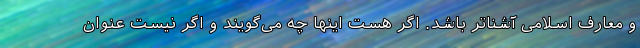
و معارف اسلامی آشناتر باشد. اگر هست اینها چه می‌گویند و اگر نیست عنوان